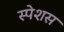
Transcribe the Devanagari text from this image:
स्पेशस